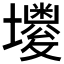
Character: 𡓌